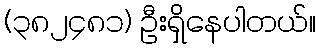
(၃၈၂၄၈၁) ဦးရှိနေပါတယ်။